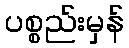
ပစ္စည်းမှန်